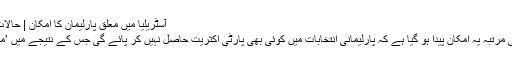
آسٹریلیا میں معلق پارلیمان کا امکان | حالات حاضرہ | DW | 20.08.2010
آسٹریلیا کی 70 سالہ تاریخ میں پہلی مرتبہ یہ امکان پیدا ہو گیا ہے کہ پارلیمانی انتخابات میں کوئی بھی پارٹی اکثریت حاصل نہیں کر پائے گی جس کے نتیجے میں ’معلق پارلیمان‘ وجود میں آسکتی ہے۔